Civil Veterinary Department. Madras. Admin. report 1910-25 - 1910-1925
Year: 1910
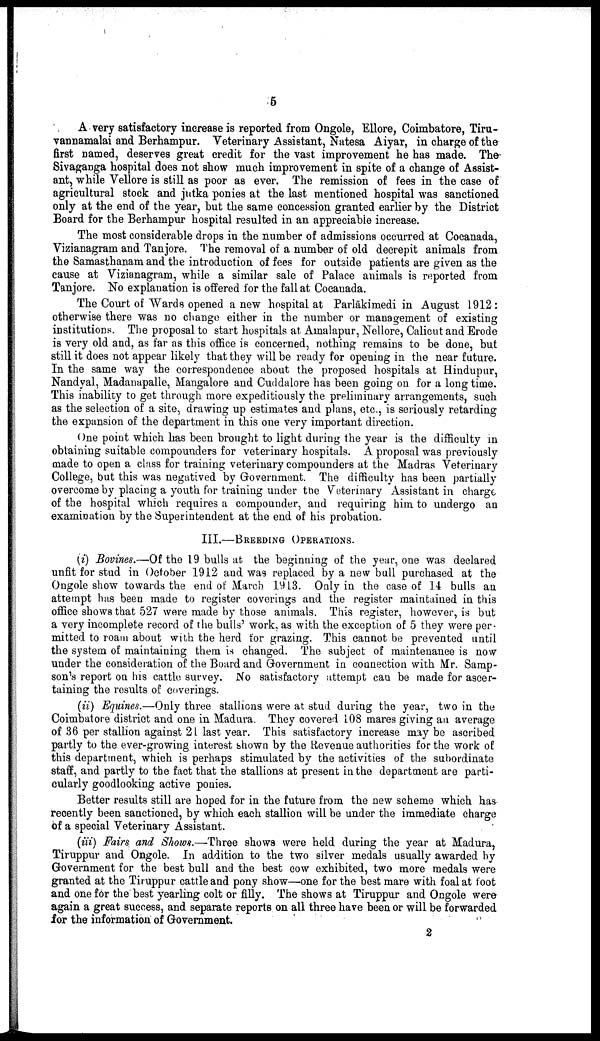
5
A very satisfactory increase is reported from Ongole, Ellore, Coimbatore, Tiru-
vannamalai and Berhampur. Veterinary Assistant, Natesa Aiyar, in charge of the
first named, deserves great credit for the vast improvement he has made. The
Sivaganga hospital does not show much improvement in spite of a change of Assist
ant, while Vellore is still as poor as ever. The remission of fees in the case of
agricultural stock and jutka ponies at the last mentioned hospital was sanctioned
only at the end of the year, but the same concession granted earlier by the District
Board for the Berhampur hospital resulted in an appreciable increase.
The most considerable drops in the number of admissions occurred at Cocanada,
Vizianagram and Tanjore. The removal of a number of old decrepit animals from
the Samasthanam and the introduction of fees for outside patients are given as the
cause at Vizianagram, while a similar sale of Palace animals is reported from
Tanjore. No explanation is offered for the fall at Cocanada.
The Court of Wards opened a new hospital at Parlākimedi in August 1912:
otherwise there was no change either in the number or management of existing
institutions. The proposal to start hospitals at Amalapur, Nellore, Calicut and Erode
is very old and, as far as this office is concerned, nothing remains to be done, but
still it does not appear likely that they will be ready for opening in the near future.
In the same way the correspondence about the proposed hospitals at Hindupur,
Nandyal, Madanapalle, Mangalore and Cuddalore has been going on for a long time.
This inability to get through more expeditiously the preliminary arrangements, such
as the selection of a site, drawing up estimates and plans, etc., is seriously retarding
the expansion of the department in this one very important direction.
One point which has been brought to light during the year is the difficulty in
obtaining suitable compounders for veterinary hospitals. A proposal was previously
made to open a class for training veterinary compounders at the Madras Veterinary
College, but this was negatived by Government. The difficulty has been partially
overcome by placing a youth for training under the Veterinary Assistant in charge
of the hospital which requires a compounder, and requiring him to undergo an
examination by the Superintendent at the end of his probation.
III.—BREEDING- OPERATIONS.
(i) Bovines.—Of the 19 bulls at the beginning of the year, one was declared
unfit for stud in October 1912 and was replaced by a new bull purchased at the
Ongole show towards the end of March 1913. Only in the case of 14 bulls an
attempt has been made to register coverings and the register maintained in this
office shows that 527 were made by those animals. This register, however, is but
a very incomplete record of the bulls' work, as with the exception of 5 they were per
mitted to roam about with the herd for grazing. This cannot be prevented until
the system of maintaining them is changed. The subject of maintenance is now
under the consideration of the Board and Government in connection with Mr. Samp
son's report on his cattle survey. No satisfactory attempt can be made for ascer
taining the results of coverings.
(ii) Equines.—Only three stallions were at stud during the year, two in the
Coimbatore district and one in Madura. They covered 108 mares giving an average
of 36 per stallion against 21 last year. This satisfactory increase may be ascribed
partly to the ever-growing interest shown by the Revenue authorities for the work of
this department, which is perhaps stimulated by the activities of the subordinate
staff, and partly to the fact that the stallions at present in the department are parti
cularly goodlooking active ponies.
Better results still are hoped for in the future from the new scheme which has
recently been sanctioned, by which each stallion will be under the immediate charge
of a special Veterinary Assistant.
(iii) Fairs and Shows.—Three shows were held during the year at Madura,
Tiruppur and Ongole. In addition to the two silver medals usually awarded by
Government for the best bull and the best cow exhibited, two more medals were
granted at the Tiruppur cattle and pony show—one for the best mare with foal at foot
and one for the best yearling colt or filly. The shows at Tiruppur and Ongole were
again a great success, and separate reports on all three have been or will be forwarded
for the information of Government.
2